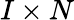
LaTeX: I\times N